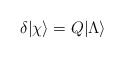
\begin{align*} \delta | \chi \rangle = Q |\Lambda \rangle\end{align*}